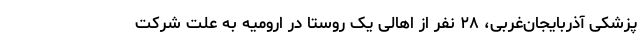
پزشکی آذربایجان‌غربی، ۲۸ نفر از اهالی یک روستا در ارومیه به علت شرکت